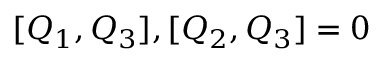
[ Q _ { 1 } , Q _ { 3 } ] , [ Q _ { 2 } , Q _ { 3 } ] = 0